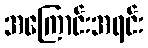
အကြောင်းအရင်း